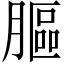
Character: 𦟾